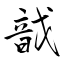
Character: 戠